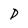
Character: D